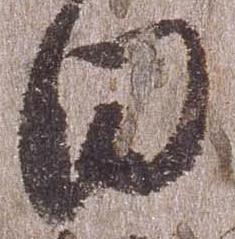
日